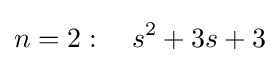
n=2:\quad s^{2}+3s+3